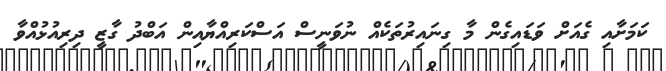
ކަމަށާއި ގެއަށް ވަޑައިގެން މާ ގިނައިރުތަކެއް ނުވަނީސް އަސްކަރިއްޔާއިން އަބްދު ގާޒީ ދިރިއުޅުއްވާ